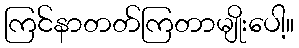
ကြင်နာတတ်ကြတာမျိုးပေါ့။